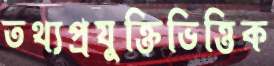
তথ্যপ্রযুক্তিভিত্তিক